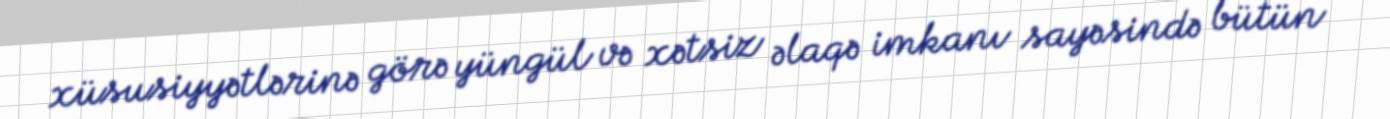
xüsusiyyətlərinə görə yüngül və xətsiz əlaqə imkanı sayəsində bütün